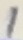
Text: 1